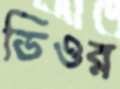
ডিওর